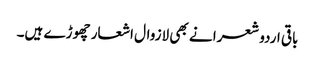
باقی اردو شعرا نے بھی لازوال اشعار چھوڑے ہیں۔